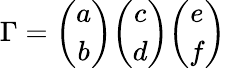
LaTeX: {\Gamma}={\binom{a}{b}}{\binom{c}{d}}{\binom{e}{f}}